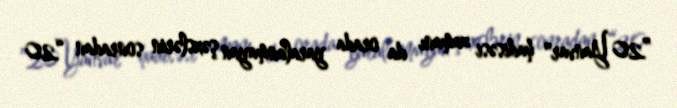
”20 Yanvar" hadisəsi zamanı da orada yaralanmayan şəxslərin sonradan “20